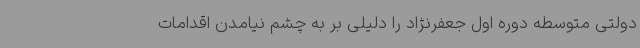
دولتی متوسطه دوره اول جعفرنژاد را دلیلی بر به چشم نیامدن اقدامات